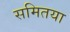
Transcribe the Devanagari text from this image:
समितया